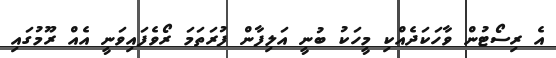
އެ ރިސޯޓުން ވާހަކަދެއްކި މީހަކު ބުނީ އަލިފާން ފުރަތަމަ ރޯވެފައިވަނީ އެއް ރޫމުގައި